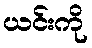
ယင်းကို